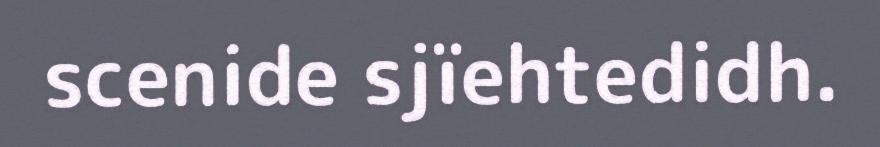
scenide sjïehtedidh.